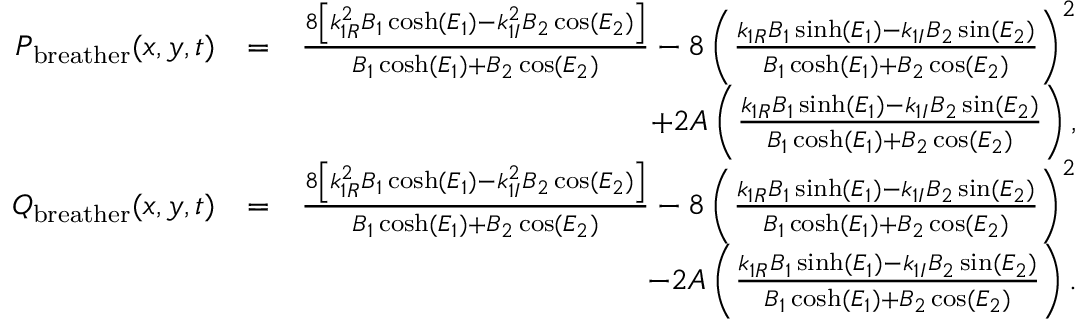
\begin{array} { r l r } { P _ { \mathrm { b r e a t h e r } } ( x , y , t ) } & { = } & { \frac { 8 \left[ k _ { 1 R } ^ { 2 } B _ { 1 } \cosh ( E _ { 1 } ) - k _ { 1 I } ^ { 2 } B _ { 2 } \cos ( E _ { 2 } ) \right] } { B _ { 1 } \cosh ( E _ { 1 } ) + B _ { 2 } \cos ( E _ { 2 } ) } - 8 \left( \frac { k _ { 1 R } B _ { 1 } \sinh ( E _ { 1 } ) - k _ { 1 I } B _ { 2 } \sin ( E _ { 2 } ) } { B _ { 1 } \cosh ( E _ { 1 } ) + B _ { 2 } \cos ( E _ { 2 } ) } \right) ^ { 2 } } \\ & { } & { \qquad + 2 A \left( \frac { k _ { 1 R } B _ { 1 } \sinh ( E _ { 1 } ) - k _ { 1 I } B _ { 2 } \sin ( E _ { 2 } ) } { B _ { 1 } \cosh ( E _ { 1 } ) + B _ { 2 } \cos ( E _ { 2 } ) } \right) , } \\ { Q _ { \mathrm { b r e a t h e r } } ( x , y , t ) } & { = } & { \frac { 8 \left[ k _ { 1 R } ^ { 2 } B _ { 1 } \cosh ( E _ { 1 } ) - k _ { 1 I } ^ { 2 } B _ { 2 } \cos ( E _ { 2 } ) \right] } { B _ { 1 } \cosh ( E _ { 1 } ) + B _ { 2 } \cos ( E _ { 2 } ) } - 8 \left( \frac { k _ { 1 R } B _ { 1 } \sinh ( E _ { 1 } ) - k _ { 1 I } B _ { 2 } \sin ( E _ { 2 } ) } { B _ { 1 } \cosh ( E _ { 1 } ) + B _ { 2 } \cos ( E _ { 2 } ) } \right) ^ { 2 } } \\ & { } & { \qquad - 2 A \left( \frac { k _ { 1 R } B _ { 1 } \sinh ( E _ { 1 } ) - k _ { 1 I } B _ { 2 } \sin ( E _ { 2 } ) } { B _ { 1 } \cosh ( E _ { 1 } ) + B _ { 2 } \cos ( E _ { 2 } ) } \right) . } \end{array}